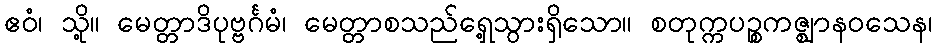
ဧဝံ၊ သို့။ မေတ္တာဒိပုဗ္ဗင်္ဂမံ၊ မေတ္တာစသည်ရှေ့သွားရှိသော။ စတုက္ကပဉ္စကဇ္ဈာနဝသေန၊